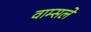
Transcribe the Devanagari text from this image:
वाम्सले